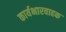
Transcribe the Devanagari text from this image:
कार्यभारवाहक